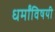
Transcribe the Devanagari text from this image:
धर्मांविषयी